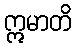
ဣမာတိ